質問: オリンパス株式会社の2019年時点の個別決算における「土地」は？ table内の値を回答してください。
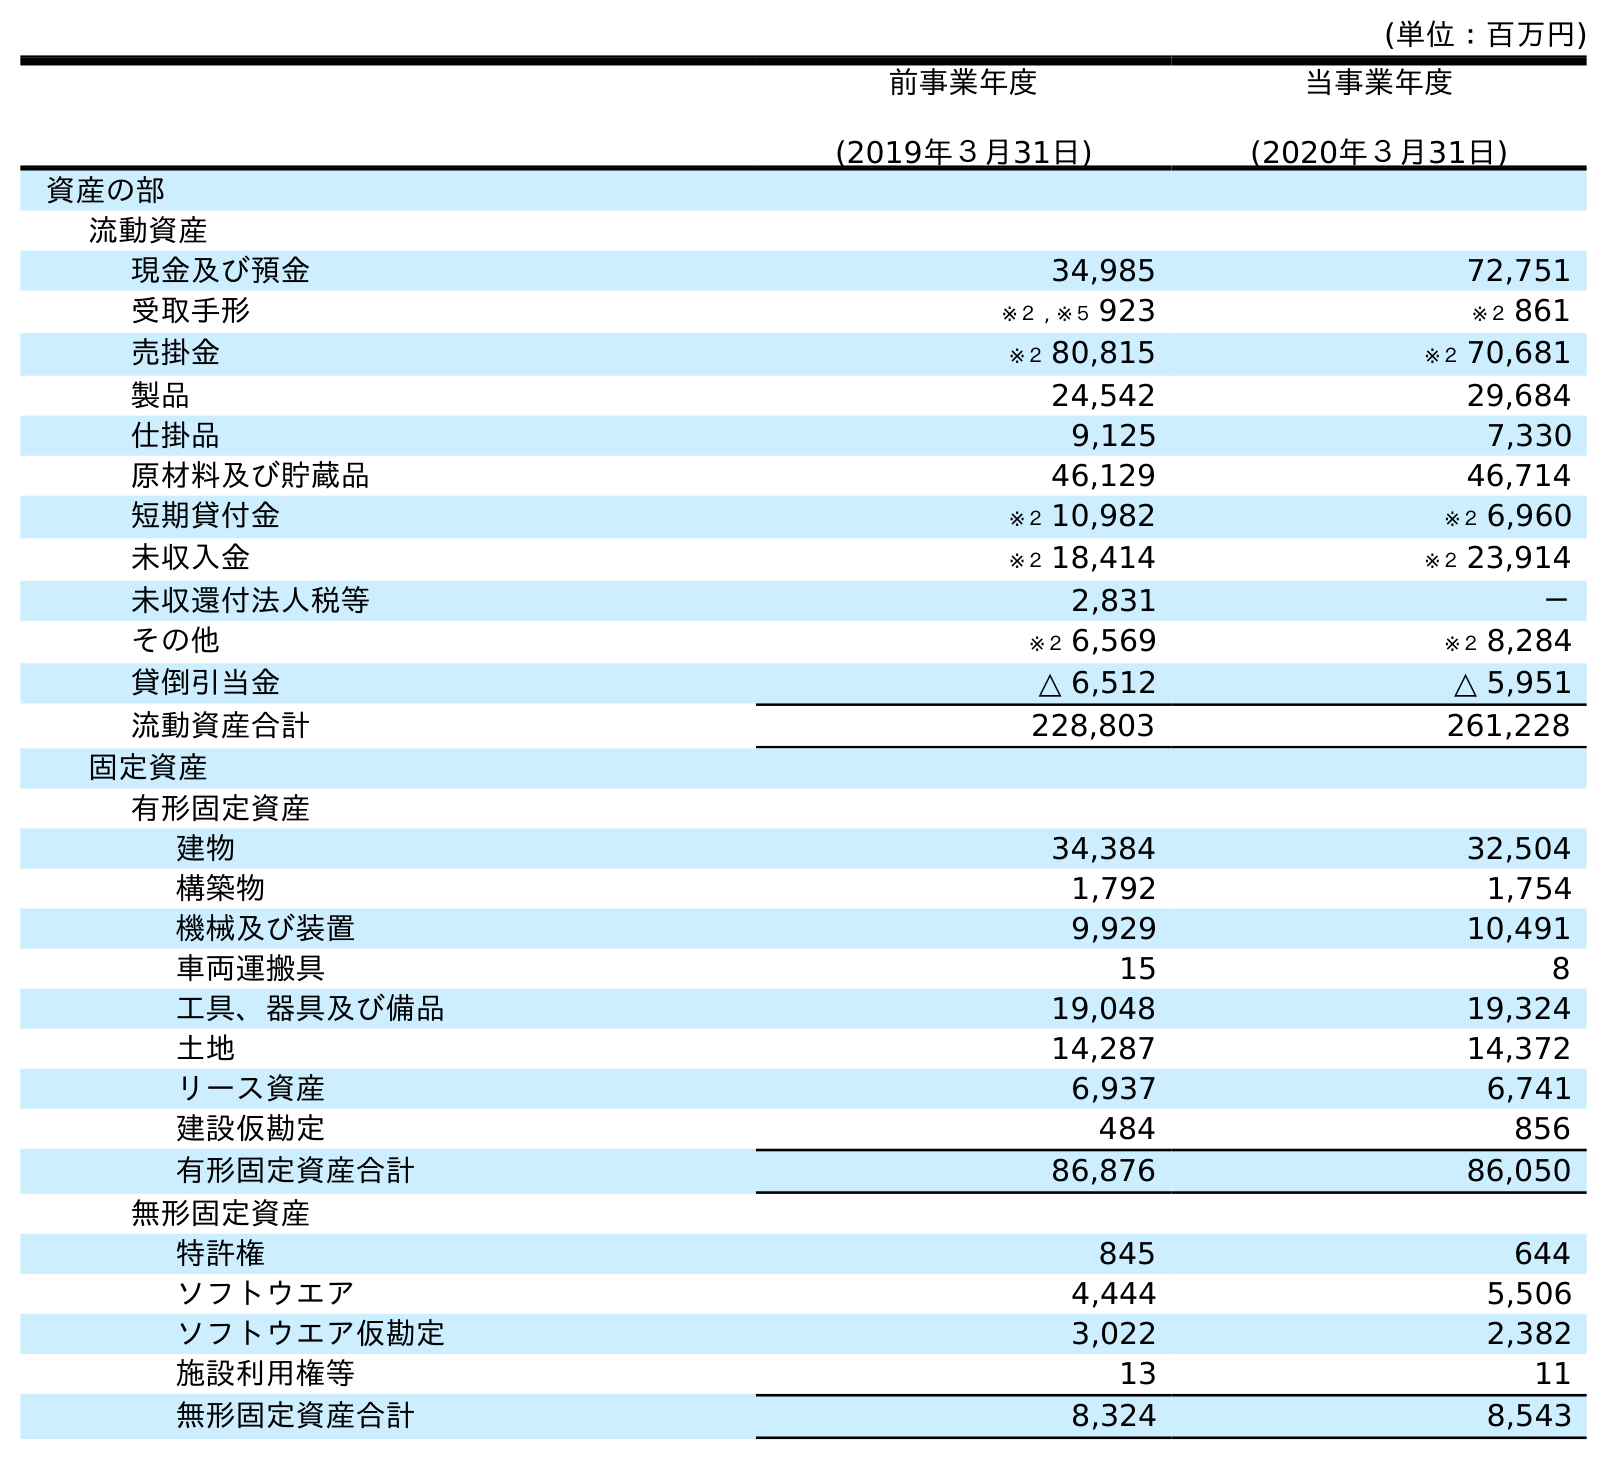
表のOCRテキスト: (単位：百万円) 前事業年度 (2019年３月31日) 当事業年度 (2020年３月31日) 資産の部 流動資産 現金及び預金 34,985 72,751 受取手形 ※２ , ※５ 923 ※２ 861 売掛金 ※２ 80,815 ※２ 70,681 製品 24,542 29,684 仕掛品 9,125 7,330 原材料及び貯蔵品 46,129 46,714 短期貸付金 ※２ 10,982 ※２ 6,960 未収入金 ※２ 18,414 ※２ 23,914 未収還付法人税等 2,831 － その他 ※２ 6,569 ※２ 8,284 貸倒引当金 △ 6,512 △ 5,951 流動資産合計 228,803 261,228 固定資産 有形固定資産 建物 34,384 32,504 構築物 1,792 1,754 機械及び装置 9,929 10,491 車両運搬具 15 8 工具、器具及び備品 19,048 19,324 土地 14,287 14,372 リース資産 6,937 6,741 建設仮勘定 484 856 有形固定資産合計 86,876 86,050 無形固定資産 特許権 845 644 ソフトウエア 4,444 5,506 ソフトウエア仮勘定 3,022 2,382 施設利用権等 13 11 無形固定資産合計 8,324 8,543
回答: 14,287